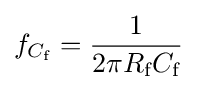
f_{C_{\text{f}}}={\frac {1}{2\pi R_{\text{f}}C_{\text{f}}}}